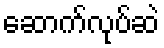
ဆောက်လုပ်ဆဲ